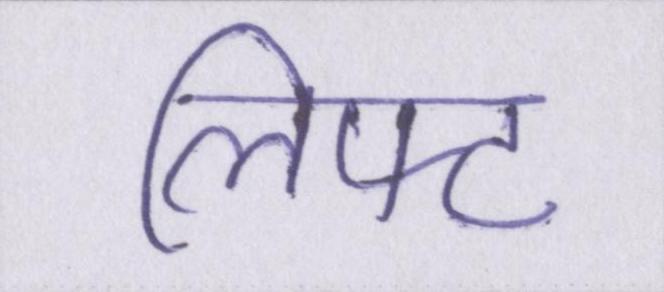
लिफ्ट